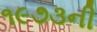
૧૯૭૩ની